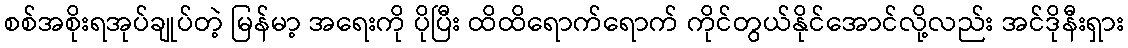
စစ်အစိုးရအုပ်ချုပ်တဲ့ မြန်မာ့ အရေးကို ပိုပြီး ထိထိရောက်ရောက် ကိုင်တွယ်နိုင်အောင်လို့လည်း အင်ဒိုနီးရှား